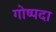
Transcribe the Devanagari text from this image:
गोष्पदा